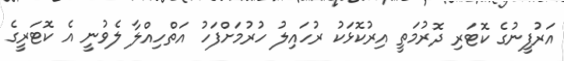
އަރުފީނުގެ ކޮޓަރި ދޮރުމަތީ އިރުކޮޅަކު ރުހައިލު ހުރުމަށްފަހު އަތްހިއްލާ ލެވުނީ އެ ކޮޓަރީގެ